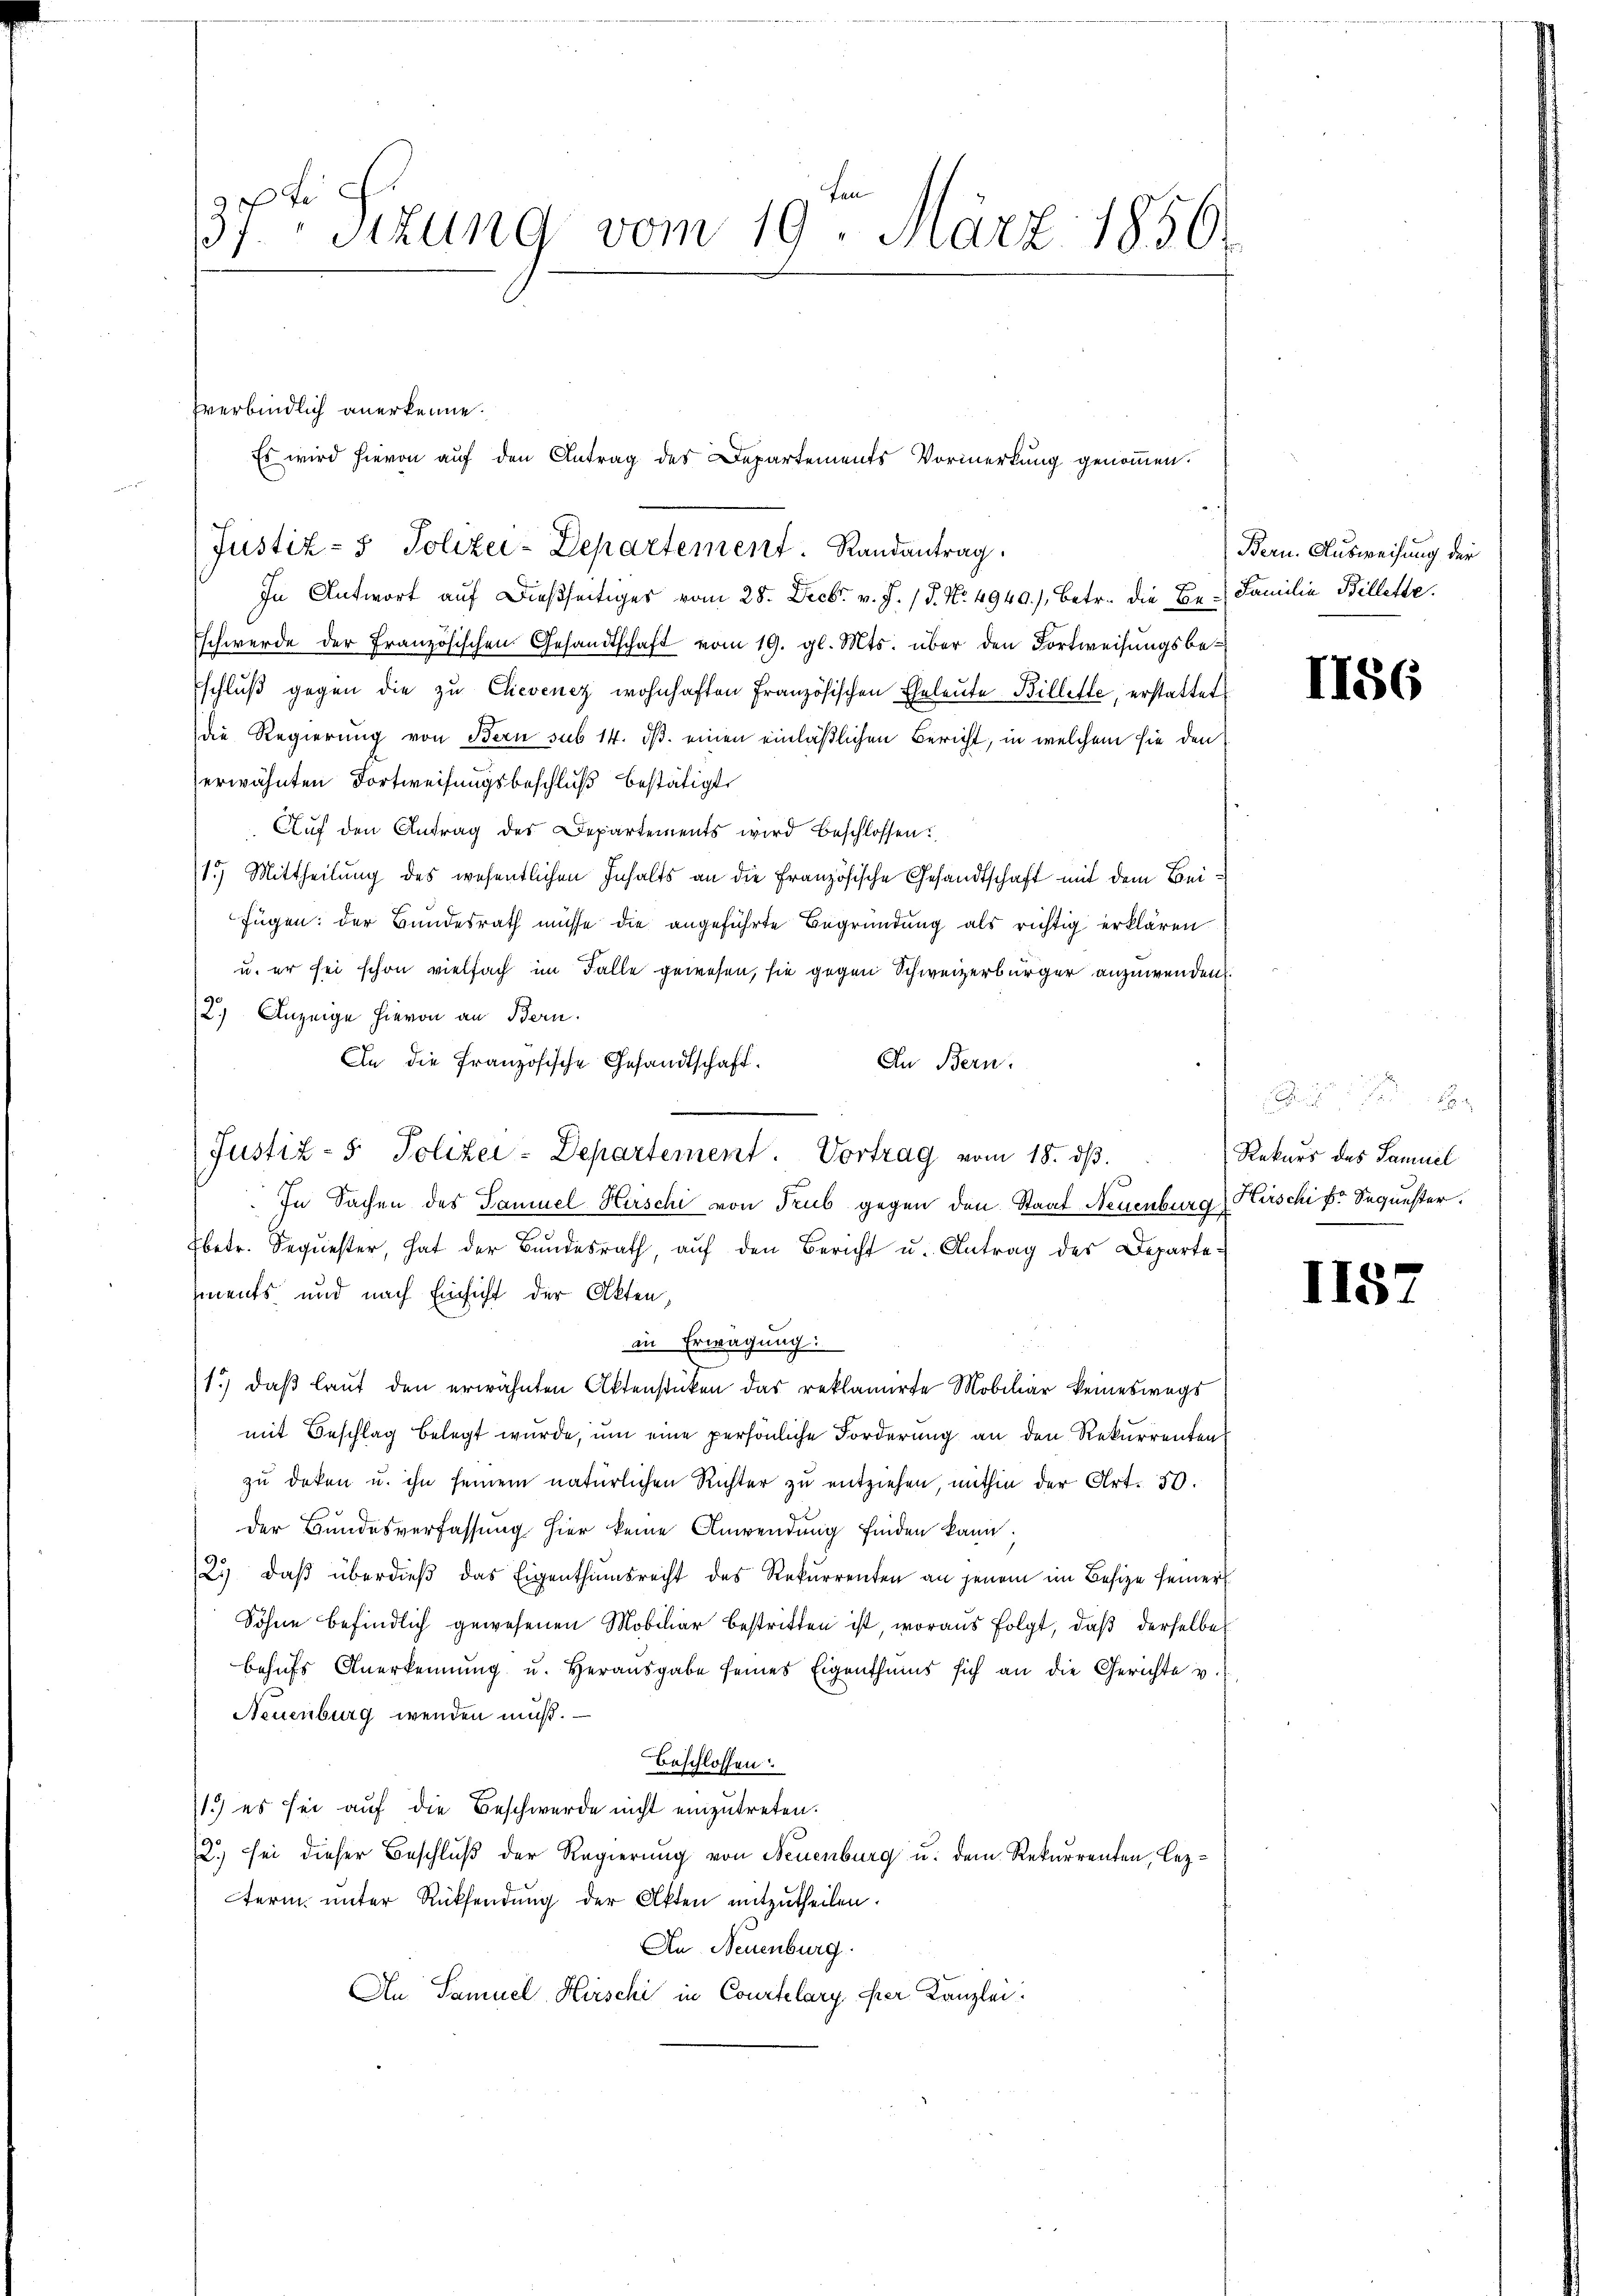
2
37. Sitzung vom 19. März 1850.

fverbindlich anerkenne.
Es wird hievon auf den Antrag des Departements Vormerkung genommen.

Justiz- & Polizei-Departement Randantrag
In Antwort aŭf dießseitiges vom 28. Decbr. v. J. 18. No. 4940), betr. die Be- Familie Billette.
schwerde der Französischen Gesandtschaft vom 19. gl. Mts. über den Fortweisungsbeschluß gegen die zu Clevenez wohnhaften Französischen Eheleute Billette, erstattet
die Regierung von Bern sub 14. ds. einen einläßlichen Bericht, in welchem sie den
erwähnten Fortweisungsbeschluß bestätigt.
Auf den Antrag des Departements wird beschlossen:
15) Mittheilung des wesentlichen Inhalts an die Französische Gesandtschaft mit dem Beifügen: der Bundesrath müsse die angeführte Begründung als richtig erklären
u. er sei schon vielfach im Falle gewesen, sie gegen Schweizerbürger anzuwenden.
2.) Anzeige hievon an Bern.
An die französische Gesandtschaft.
In Bern.
Justiz- & Polizei-Departement. Vortrag vom 18. dβ.
In Sachen des Samuel Hirschi von Trub gegen den Staat Neuenburg, Hirschi pr Sequester.
Ebetr. Sequester, hat der Bŭndesrath, aŭf den Bericht u. Antrag des Departe-
ments und nach Einsicht der Akten,
in Erwägung:
1.) daß laut den erwähnten Aktenstücken das reklamirte Mobiliar keineswegs
mit Beschlag belegt wurde, um eine persönliche Forderung an den Rekurrenten
zu doten u. ihn seinem natürlichen Richter zu entziehen, mithin der Art. 30.
der Bundesverfassung hier keine Anwendung finden kann.
2. daβ überdieβ das Eigenthumsrecht des Rekurrenten an jenem im Besize seiner
Sohne befindlich gewesenen Mobiliar bestritten ist, woraus folgt, daß derselbe
behŭfs Anerkennung u. herausgabe seines Eigenthŭms sich an die Gerichte u.
Neuenburg wenden muß.
Beschlossen:
1) es sei auf die Beschwerde nicht einzutreten.
2.) sei dieser Beschluß der Regierung von Neuenburg u. dem Rekurrenten, lezterm unter Rücksendung der Akten mitzutheilen.
An Neuenburg
An Samuel Hirschi in Courtelary ehrer Kanzlei:

Bern. Ausweisung der

1156

Rekurs des Samuel

II5.